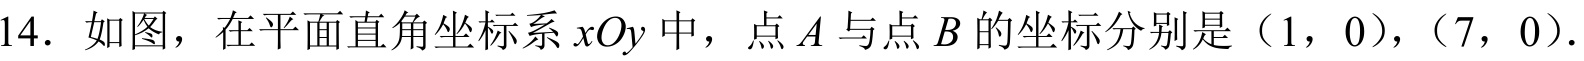
14. 如图，在平面直角坐标系\(xOy\)中，点\(A\)与点\(B\)的坐标分别是\((1,0)\)，\((7,0)\).